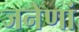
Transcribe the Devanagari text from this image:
जनेणां